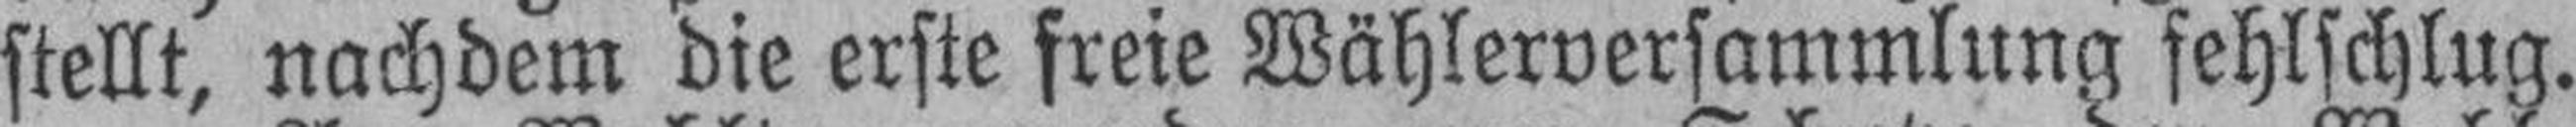
stellt, nachdem die erste freie Wählerversammlung fehlschlug.